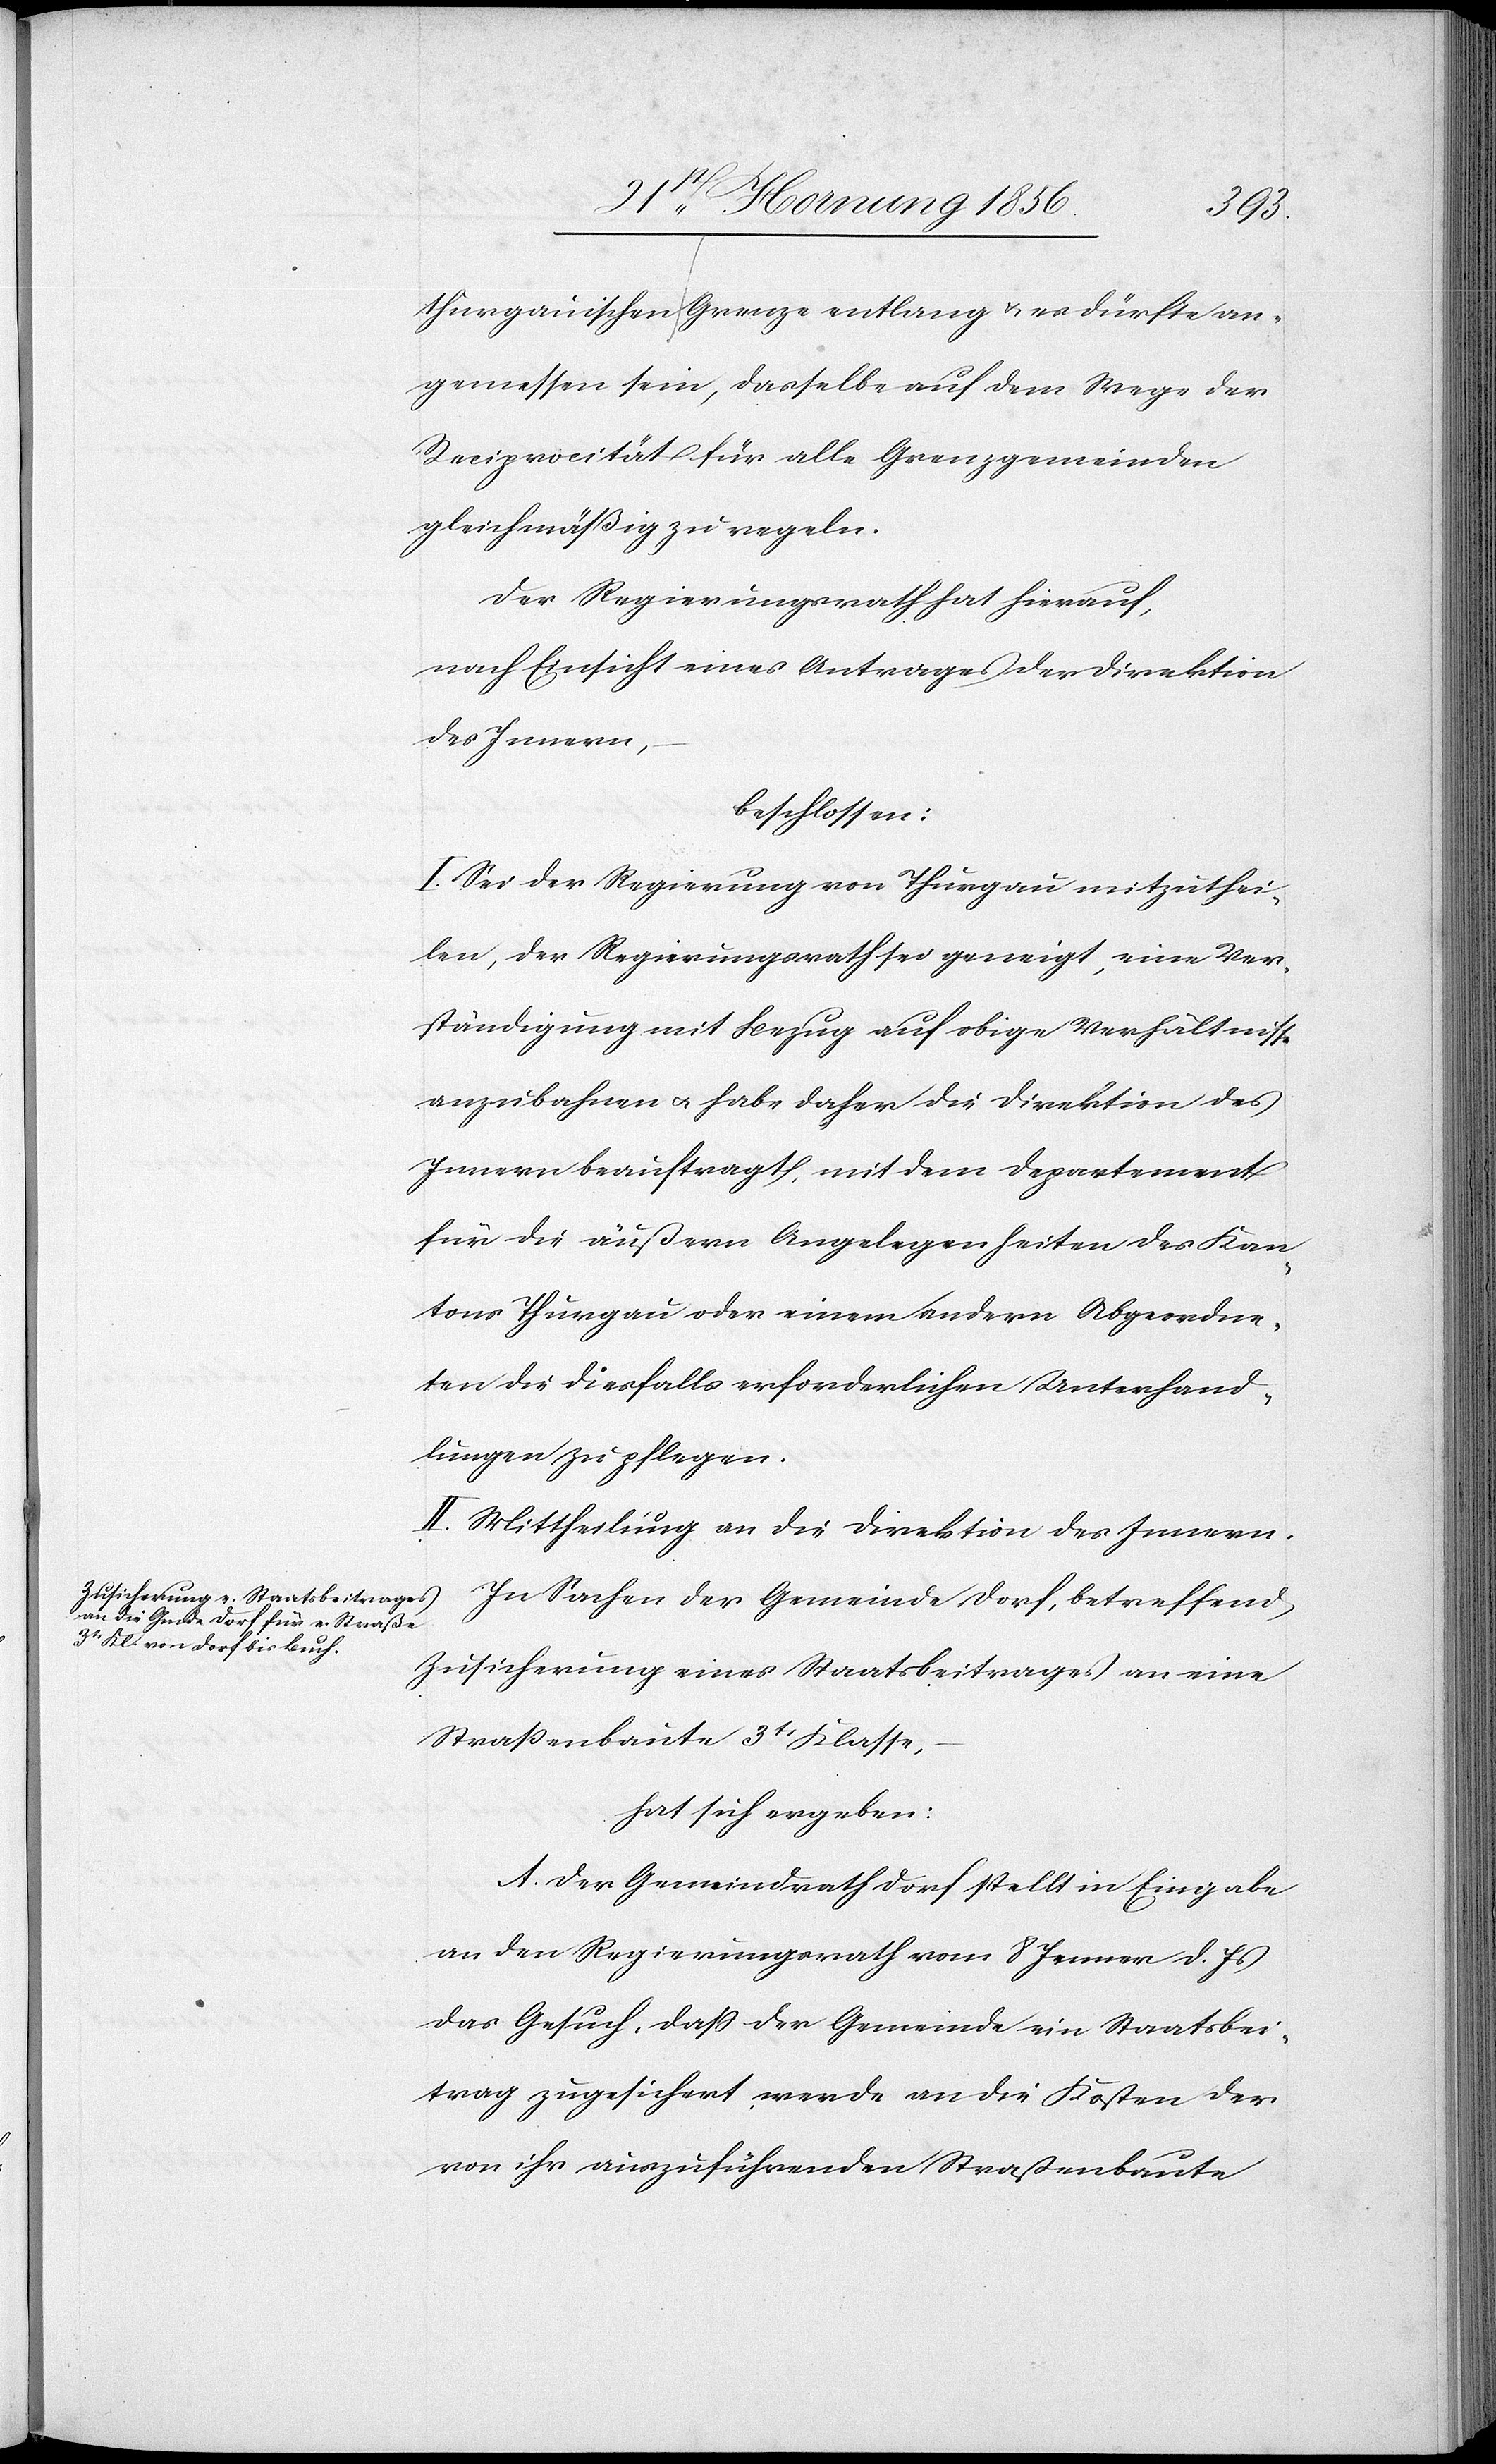
thurgauischen Grenze entlang u. es dürfte an¬
gemessen sein, dasselbe auf dem Wege der
Reciprocität für alle Grenzgemeinden
gleichmäßig zu regeln.
Der Regierungsrath hat hierauf,
nach Einsicht eines Antrages der Direktion
des Innern,
beschlossen:
I. Sei der Regierung von Thurgau mitzuthei¬
len, der Regierungsrath sei geneigt, eine Ver¬
ständigung mit Bezug auf obige Verhältnisse
anzubahnen u. habe daher die Direktion des
Innern beauftragt, mit dem Departement
für die äußern Angelegenheiten des Kan¬
tons Thurgau oder einem andern Abgeordne¬
ten die diesfalls erforderlichen Unterhand¬
lungen zu pflegen.
II. Mittheilung an die Direktion des Innern.
In Sachen der Gemeinde Dorf, betreffend
Zusicherung eines Staatsbeitrages an eine
Straßenbaute 3t Klasse,
hat sich ergeben:
A. Der Gemeindrath Dorf stellt in Eingabe
an den Regierungsrath vom 8 Jenner d. Js
das Gesuch, daß der Gemeinde ein Staatsbei¬
trag zugesichert werde an die Kosten der
von ihr auszuführenden Straßenbaute